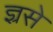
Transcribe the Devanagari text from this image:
ज्ञ्रसे